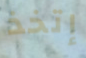
إتخذ